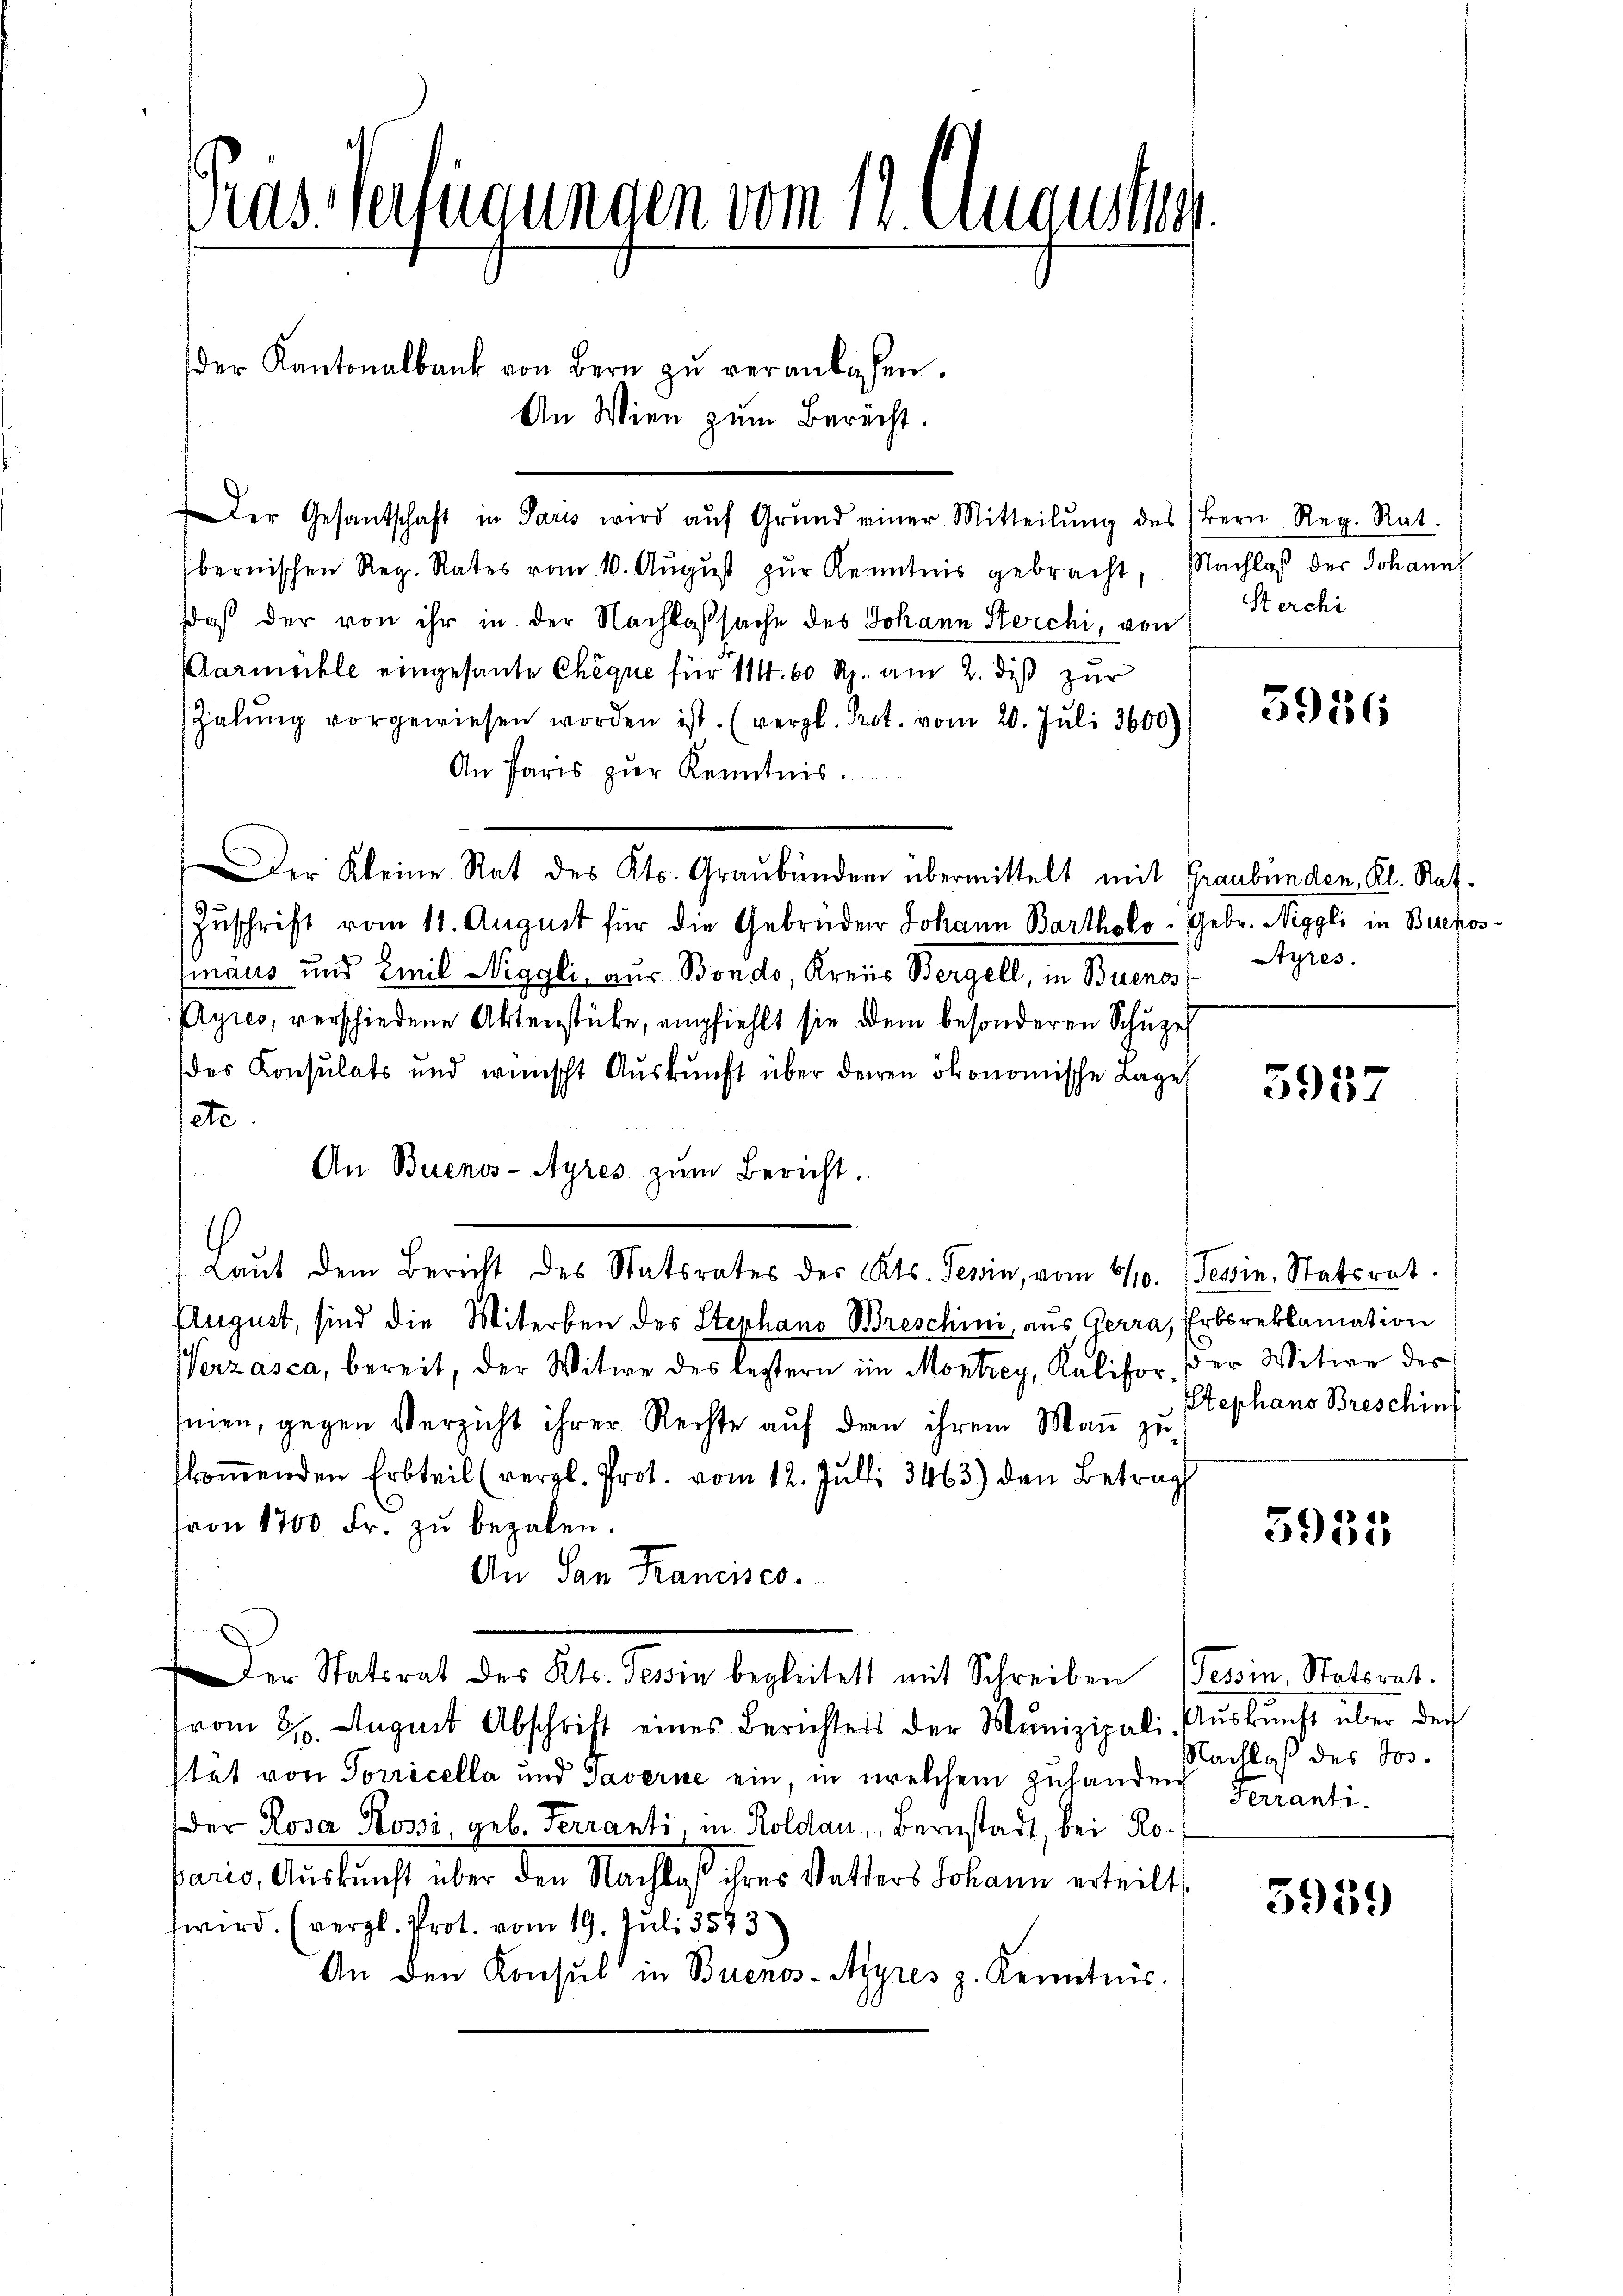
Gras Verfügungen vom 12. Augustus.

An Wien zum Berecht.
Der Gesandschaft in Paris wird aŭf Grund einer Mitteilŭng des
bernischen Reg. Rates vom 10. Aŭgŭst zŭr Kenntnis gebracht, Nachlaß der Johann
daß der von ihr in der Nachlaßsache des Johann Steichi, von
Aarmühle eingesante Chèque für 11. 60 Rp. am 2. diß zur
Zalŭng vorgewiesen worden ist. (vergl. Prot. vom 20. Juli 3600)
An Paris zur Kenntnis.
Der Kleine Rat des Kts. Graubünden übermittelt mit
Zuschrift vom 11. August für die Gebrüder Johann Bartholo- Gebr. Niggli in Buenosmaus und Emil Niggli, aus Bondo, Kreis Bergell, in Buenos
Ayres, verschiedene Aktenstücke, empfiehlt sie dem besonderen Schuzeh
des Konsulats und wünscht Auskunft über deren ökonomische Lage
ete.
An Buenos-Ayres zŭm Bericht.
Laut dem Bericht des Statsrates des Kts. Jenin, vom 6/10.
August, sind die Miterben des Stephano Breschini, aus Gerra,
Verzasca, bereit, der Witwe des leztern im Montrey, Kaliforseien, gegen Verzicht ihrer Rechte auf der ihrem Man zukoṁenden Erbteil (vergl. Prot. vom 12. Juli 3463) den Betrag
von 1700 Fr. zŭ bezalen.
An San Francisco
Der Statsrat des Kts. Tessin begleitett mit Schreiben
vom 28. August Abschrift eines Berichters der Munizipali, Aŭskŭnft über den
stet von Sorricella und Taverne ein, in welchem zuhanden Terranti¬
Der Rosa Rossi, geb. Ferranti, in Koldau, Bernstadt, bei Roparis, Auskunft über den Nachlaß ihres Wetters Johann erteilt
wird. (vergl. Prot. vom 19. Juli 3593)
An den Konsul in Buenos-Ayres z. Kenntnis.

der Kantonalbank von Bern zŭ veranlassen.

Bern Reg. Rat.
Sterchi

5936

Graubünden, Kl. Rat.
Styres.

5957

Tessin, Statsrat.
Erbsreklamation
der Witwe des
Stephans Bresching

5931

Tessin, Statsrat.
Nachlaß des Jos.

3959